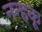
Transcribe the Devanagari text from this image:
नन्हकू